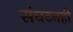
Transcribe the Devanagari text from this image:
संघटनही